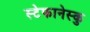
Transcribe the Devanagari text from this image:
स्टेफानेस्कु